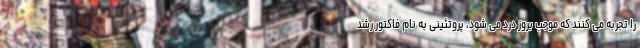
را تجربه می کنند که موجب بروز درد می شود، پروتئینی به نام فاکتور رشد